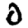
Digit: 0